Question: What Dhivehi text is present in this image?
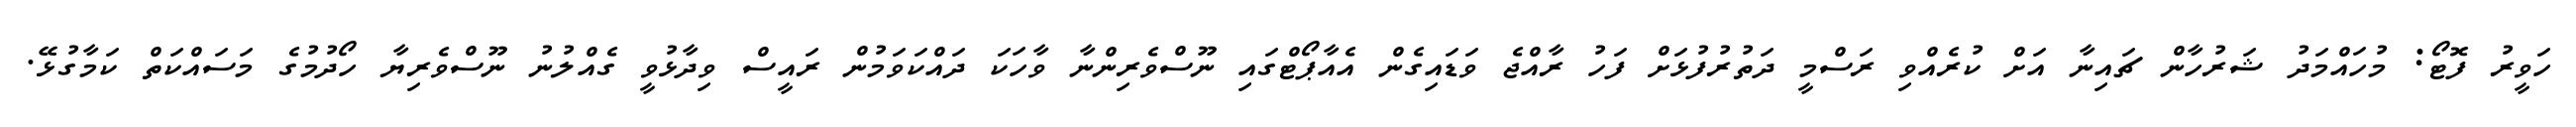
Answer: ހަވީރު ފޮޓޯ: މުހައްމަދު ޝަރުހާން ޗައިނާ އަށް ކުރެއްވި ރަސްމީ ދަތުރުފުޅަށް ފަހު ރާއްޖެ ވަޑައިގެން އެއާޕޯޓްގައި ނޫސްވެރިންނާ ވާހަކަ ދައްކަވަމުން ރައީސް ވިދާޅުވީ ގެއްލުނު ނޫސްވެރިޔާ ހޯދުމުގެ މަސައްކަތް ކަމާގުޅޭ.